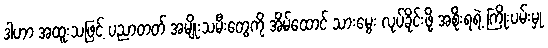
ဒါဟာ အထူးသဖြင့် ပညာတတ် အမျိုးသမီးတွေကို အိမ်ထောင် သားမွေး လုပ်ခိုင်းဖို့ အစိုးရရဲ့ ကြိုးပမ်းမှု